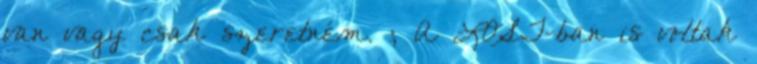
van vagy csak szeretném. ; A LOST-ban is voltak